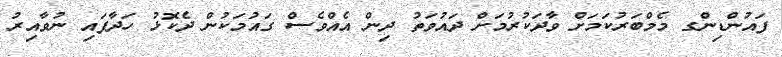
ފައުންޑިންގ މެމްބަރުކަމަށް ވާދަކުރުމަށް ދައުވަތު ދިން އެއްވެސް ގައުމަކުން ދެކޮޅު ހަދާފައި ނުވާއިރު